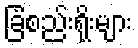
ခြံစည်းရိုးများ